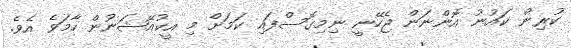
ކުރިން ކައުނު އޮންނަން ޖެހޭނީ ނިމިގޮސްފައި ކަމަށް މި އީކުއޭޝަނުން ހާމަވެ އެވެ.